system: You are a helpful assistant.
user:
Analyze the provided spectrum to determine if it is a **"Cataclysmic Variables (CV)"**.

- **Key Indicators for CV (Check for either state):**
    - **State 1: Quiescent / Low-State (Emission-Dominated)**
        - **(Primary):** Strong and *very broad* Hydrogen Balmer emission lines (e.g., $H\alpha$ at 6563 Å, $H\beta$ at 4861 Å). The 'broadness' (high velocity dispersion, often FWHM > 1000 km/s) is the key diagnostic, indicating a high-velocity accretion disk.
        - **(Secondary):** Broad neutral Helium (He I) emission lines (e.g., 5876 Å, 6678 Å).
        - **(Key Confirmation):** Presence of high-excitation *ionized* Helium (He II) emission at 4686 Å. This is a strong indicator of accretion onto a white dwarf.
        - **(Line Profile):** Emission lines may exhibit a 'double-peaked' profile, which is a classic signature of a rotating accretion disk viewed at high inclination.

    - **State 2: Outburst / High-State (Absorption-Dominated)**
        - **(Primary):** Spectrum is dominated by a bright, blue continuum (looks like a hot star).
        - **(Secondary):** The emission lines from State 1 are weak, absent, or 'filled in', and are replaced by broad, shallow *absorption* lines (primarily Balmer and He I).
        - **(Morphology):** The overall spectrum mimics a hot B/A-type star. The crucial difference is that the absorption lines are significantly broader, shallower, and more 'washed-out' (or 'smeared') than the sharp lines of a normal stellar photosphere, due to high rotational speeds and pressure broadening in the disk.

Think first, call **spectral_visualization_tool** if needed to examine features in detail, then provide your final answer. Your response must adhere to the following strict rules:
1.  **Overall Structure:** Your response must follow the format `<think>...</think> <tool_call>...</tool_call> (if a tool is used) <answer>...</answer>`.
2.  **Tool Usage Constraint:** You may only make **one** tool call per turn.
3.  **Final Answer Format:** In the `<answer>` tag, your conclusion must be inside a `\boxed{}` command (e.g., `\boxed{YES}`), followed by your justification.

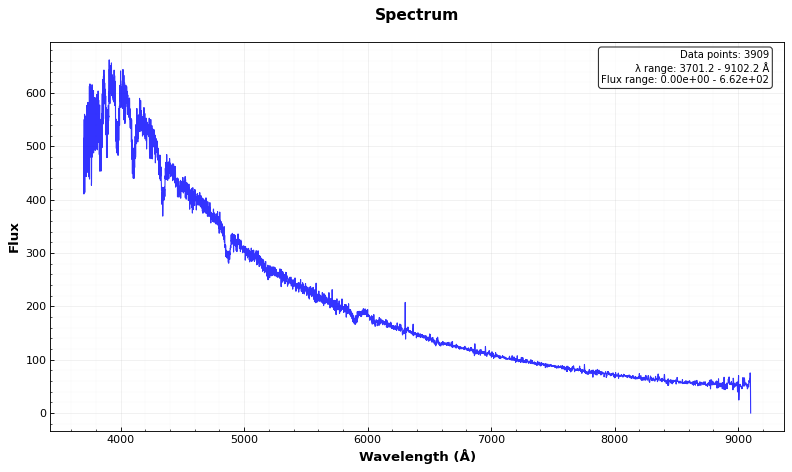
Answer: YES